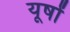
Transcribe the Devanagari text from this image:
यूषों